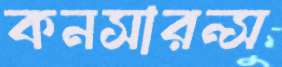
কনসারন্স